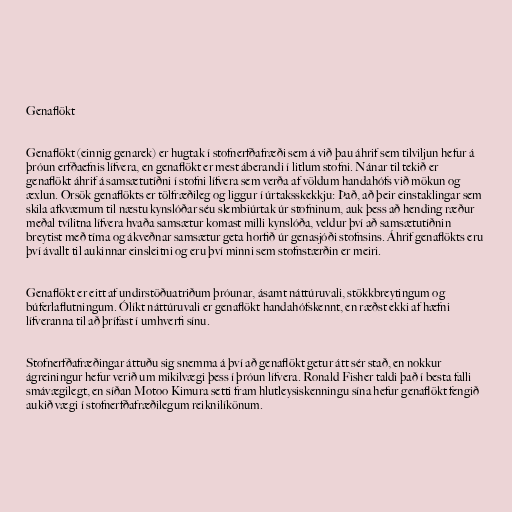
Genaflökt

Genaflökt (einnig genarek) er hugtak í stofnerfðafræði sem á við þau áhrif sem tilviljun hefur á
þróun erfðaefnis lífvera, en genaflökt er mest áberandi í litlum stofni. Nánar til tekið er
genaflökt áhrif á samsætutíðni í stofni lífvera sem verða af völdum handahófs við mökun og
æxlun. Orsök genaflökts er tölfræðileg og liggur í úrtaksskekkju: Það, að þeir einstaklingar sem
skila afkvæmum til næstu kynslóðar séu slembiúrtak úr stofninum, auk þess að hending ræður
meðal tvílitna lífvera hvaða samsætur komast milli kynslóða, veldur því að samsætutíðnin
breytist með tíma og ákveðnar samsætur geta horfið úr genasjóði stofnsins. Áhrif genaflökts eru
því ávallt til aukinnar einsleitni og eru því minni sem stofnstærðin er meiri.

Genaflökt er eitt af undirstöðuatriðum þróunar, ásamt náttúruvali, stökkbreytingum og
búferlaflutningum. Ólíkt náttúruvali er genaflökt handahófskennt, en ræðst ekki af hæfni
lífveranna til að þrífast í umhverfi sínu.

Stofnerfðafræðingar áttuðu sig snemma á því að genaflökt getur átt sér stað, en nokkur
ágreiningur hefur verið um mikilvægi þess í þróun lífvera. Ronald Fisher taldi það í besta falli
smávægilegt, en síðan Motoo Kimura setti fram hlutleysiskenningu sína hefur genaflökt fengið
aukið vægi í stofnerfðafræðilegum reiknilíkönum.